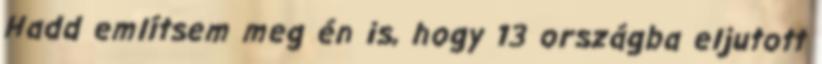
Hadd említsem meg én is, hogy 13 országba eljutott